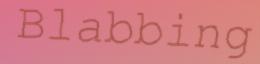
Blabbing